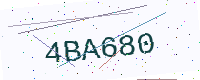
Text: 4BA680